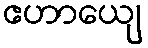
ဧဟာယျေ